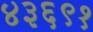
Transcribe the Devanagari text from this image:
४३६९१